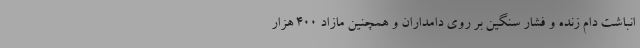
انباشت دام زنده و فشار سنگین بر روی دامداران و همچنین مازاد ۴۰۰ هزار